Annual report on the lock hospitals of the Madras Presidency
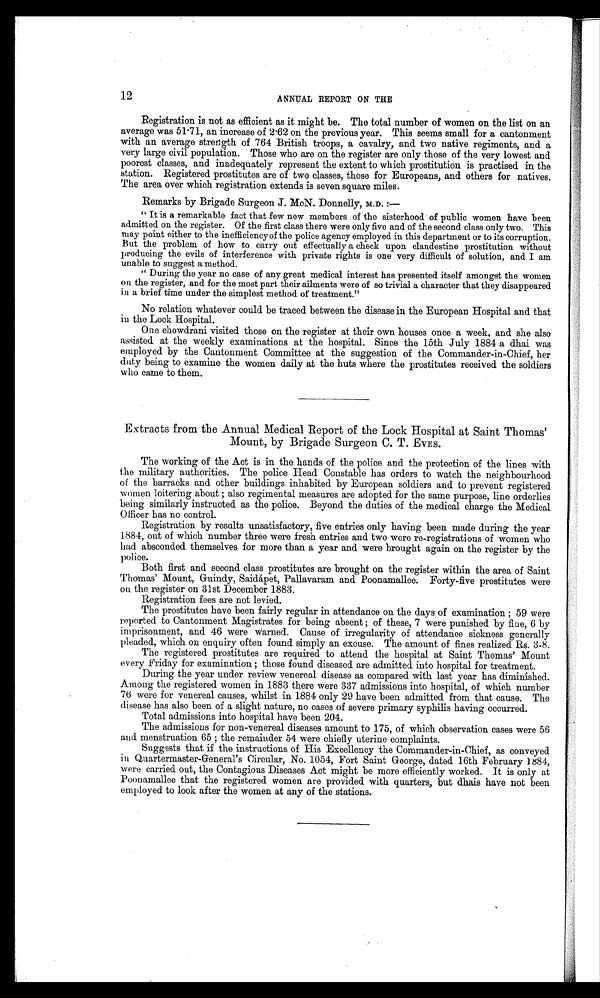
12
ANNUAL REPORT ON THE
Registration is not as efficient as it might be. The total number of women on the list on an
average was 51.71, an increase of 2.62 on the previous year. This seems small for a cantonment
with an average strength of 764 British troops, a cavalry, and two native regiments, and a
very large civil population. Those who are on the register are only those of the very lowest and
poorest classes, and inadequately represent the extent to which prostitution is practised in the
station. Registered prostitutes are of two classes, those for Europeans, and others for natives.
The area over which registration extends is seven square miles.
Remarks by Brigade Surgeon J. McN. Donnelly, M.D. :—
" It is a remarkable fact that few new members of the sisterhood of public women have been
admitted on the register. Of the first class there were only five and of the second class only two. This
may point either to the inefficiency of the police agency employed in this department or to its corruption.
But the problem of how to carry out effectually a check upon clandestine prostitution without
producing the evils of interference with private rights is one very difficult of solution, and I am
unable to suggest a method.
" During the year no case of any great medical interest has presented itself amongst the women
on the register, and for the most part their ailments were of so trivial a character that they disappeared
in a brief time under the simplest method of treatment."
No relation whatever could be traced between the disease in the European Hospital and that
in the Lock Hospital.
One chowdrani visited those on the register at their own houses once a week, and she also
assisted at the weekly examinations at the hospital. Since the 15th July 1884 a dhai was
employed by the Cantonment Committee at the suggestion of the Commander-in-Chief, her
duty being to examine the women daily at the huts where the prostitutes received the soldiers
who came to them.
Extracts from the Annual Medical Report of the Lock Hospital at Saint Thomas'
Mount, by Brigade Surgeon C. T. EVES.
The working of the Act is in the hands of the police and the protection of the lines with
the military authorities. The police Head Constable has orders to watch the neighbourhood
of the barracks and other buildings inhabited by European soldiers and to prevent registered
women loitering about ; also regimental measures are adopted for the same purpose, line orderlies
being similarly instructed as the police. Beyond the duties of the medical charge the Medical
Officer has no control.
Registration by results unsatisfactory, five entries only having been made during the year
1884, out of which number three were fresh entries and two were re-registrations of women who
had absconded themselves for more than a year and were brought again on the register by the
police.
Both first and second class prostitutes are brought on the register within the area of Saint
Thomas' Mount, Guindy, Saidápet, Pallavaram and Poonamallee. Forty-five prostitutes were
on the register on 31st December 1883.
Registration fees are not levied.
The prostitutes have been fairly regular in attendance on the days of examination ; 59 were
reported to Cantonment Magistrates for being absent ; of these, 7 were punished by fine, 6 by
imprisonment, and 46 were warned. Cause of irregularity of attendance sickness generally
pleaded, which on enquiry often found simply an excuse. The amount of fines realized Rs. 3-8.
The registered prostitutes are required to attend the hospital at Saint Thomas' Mount
every Friday for examination ; those found diseased are admitted into hospital for treatment.
During the year under review venereal disease as compared with last year has diminished.
Among the registered women in 1883 there were 337 admissions into hospital, of which number
76 were for venereal causes, whilst in 1884 only 29 have been admitted from that cause. The
disease has also been of a slight nature, no cases of severe primary syphilis having occurred.
Total admissions into hospital have been 204.
The admissions for non-venereal diseases amount to 175, of which observation cases were 56
and. menstruation 65 ; the remainder 54 were chiefly uterine complaints.
Suggests that if the instructions of His Excellency the Commander-in-Chief, as conveyed
in Quartermaster-General's Circular, No. 1054, Fort Saint George, dated 16th February 1884,
were carried out, the Contagious Diseases Act might be more efficiently worked. It is only at
Poonamallee that the registered women are provided with quarters, but dhais have not been
employed to look after the women at any of the stations.